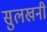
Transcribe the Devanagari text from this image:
सुलखनी